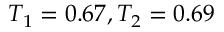
T _ { 1 } = 0 . 6 7 , T _ { 2 } = 0 . 6 9